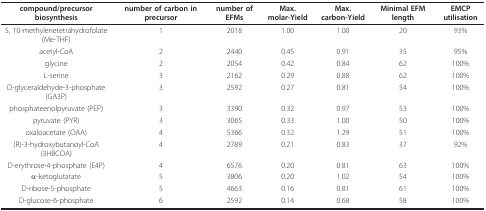
<table><thead><tr><td><b>compound/precursor biosynthesis</b></td><td><b>number of carbon in precursor</b></td><td><b>number of EFMs</b></td><td><b>Max. molar-Yield</b></td><td><b>Max. carbon-Yield</b></td><td><b>Minimal EFM length</b></td><td><b>EMCP utilisation</b></td></tr></thead><tbody><tr><td>5, 10-methylenetetrahydrofolate (Me-THF)</td><td>1</td><td>2018</td><td>1.00</td><td>1.00</td><td>20</td><td>93%</td></tr><tr><td>acetyl-CoA</td><td>2</td><td>2440</td><td>0.45</td><td>0.91</td><td>35</td><td>95%</td></tr><tr><td>glycine</td><td>2</td><td>2054</td><td>0.42</td><td>0.84</td><td>62</td><td>100%</td></tr><tr><td>L-serine</td><td>3</td><td>2162</td><td>0.29</td><td>0.88</td><td>62</td><td>100%</td></tr><tr><td>D-glyceraldehyde-3-phosphate (GA3P)</td><td>3</td><td>2592</td><td>0.27</td><td>0.81</td><td>54</td><td>100%</td></tr><tr><td>phosphateenolpyruvate (PEP)</td><td>3</td><td>3390</td><td>0.32</td><td>0.97</td><td>53</td><td>100%</td></tr><tr><td>pyruvate (PYR)</td><td>3</td><td>3065</td><td>0.33</td><td>1.00</td><td>50</td><td>100%</td></tr><tr><td>oxaloacetate (OAA)</td><td>4</td><td>5366</td><td>0.32</td><td>1.29</td><td>51</td><td>100%</td></tr><tr><td>(R)-3-hydroxybutanoyl-CoA (3HBCOA)</td><td>4</td><td>2789</td><td>0.21</td><td>0.83</td><td>37</td><td>92%</td></tr><tr><td>D-erythrose-4-phosphate (E4P)</td><td>4</td><td>6576</td><td>0.20</td><td>0.81</td><td>63</td><td>100%</td></tr><tr><td>α-ketoglutarate</td><td>5</td><td>3806</td><td>0.20</td><td>1.02</td><td>54</td><td>100%</td></tr><tr><td>D-ribose-5-phosphate</td><td>5</td><td>4663</td><td>0.16</td><td>0.81</td><td>61</td><td>100%</td></tr><tr><td>D-glucose-6-phosphate</td><td>6</td><td>2592</td><td>0.14</td><td>0.68</td><td>58</td><td>100%</td></tr></tbody></table>